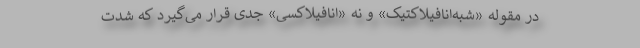
در مقوله «شبه‌انافیلاکتیک» و نه «انافیلاکسی» جدی قرار می‌گیرد که شدت